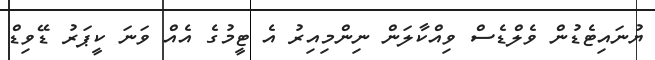
ޔުނައިޓެޑުން ވެލްޑެސް ވިއްކާލަން ނިންމިއިރު އެ ޓީމުުގެ އެއް ވަނަ ކީޕަރު ޑޭވިޑް